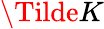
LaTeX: \Tilde{K}